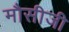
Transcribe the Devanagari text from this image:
मौसीजी